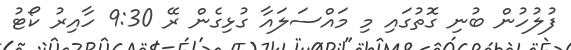
ފުލުހުން ބުނި ގޮތުގައި މި މައްސަލައާ ގުޅިގެން ރޭ 9:30 ހާއިރު ކޯޓު